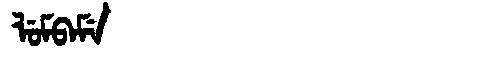
Manchu: ᠯᡠᠮᠪᠠᠮᡝ
Romanization: LUMBAME